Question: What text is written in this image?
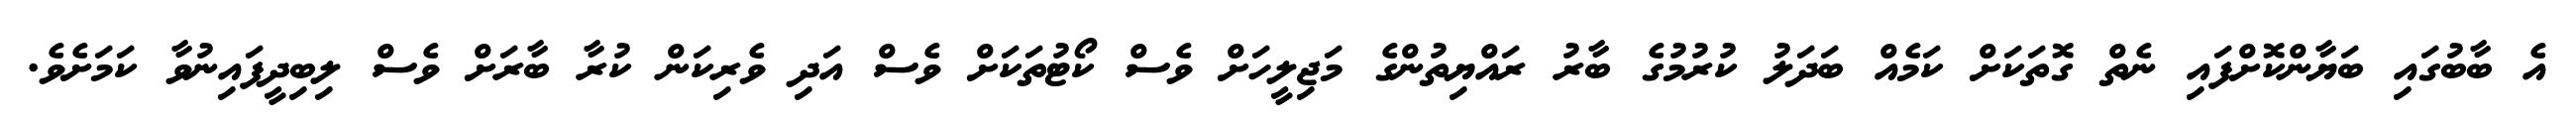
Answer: އެ ބާބުގައި ބަޔާންކޮށްފައި ނެތް ގޮތަކަށް ކަމެއް ބަދަލު ކުރުމުގެ ބާރު ރައްޔިތުންގެ މަޖިލީހަށް ވެސް ކޯޓުތަކަށް ވެސް އަދި ވެރިކަން ކުރާ ބާރަށް ވެސް ލިބިދީފައިނުވާ ކަމަށެވެ.